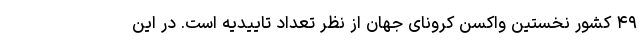
۴۹ کشور نخستین واکسن کرونای جهان از نظر تعداد تاییدیه است. در این